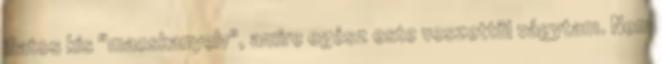
illatos kis "macskanyelv", amire egész este veszettül vágytam. Nem